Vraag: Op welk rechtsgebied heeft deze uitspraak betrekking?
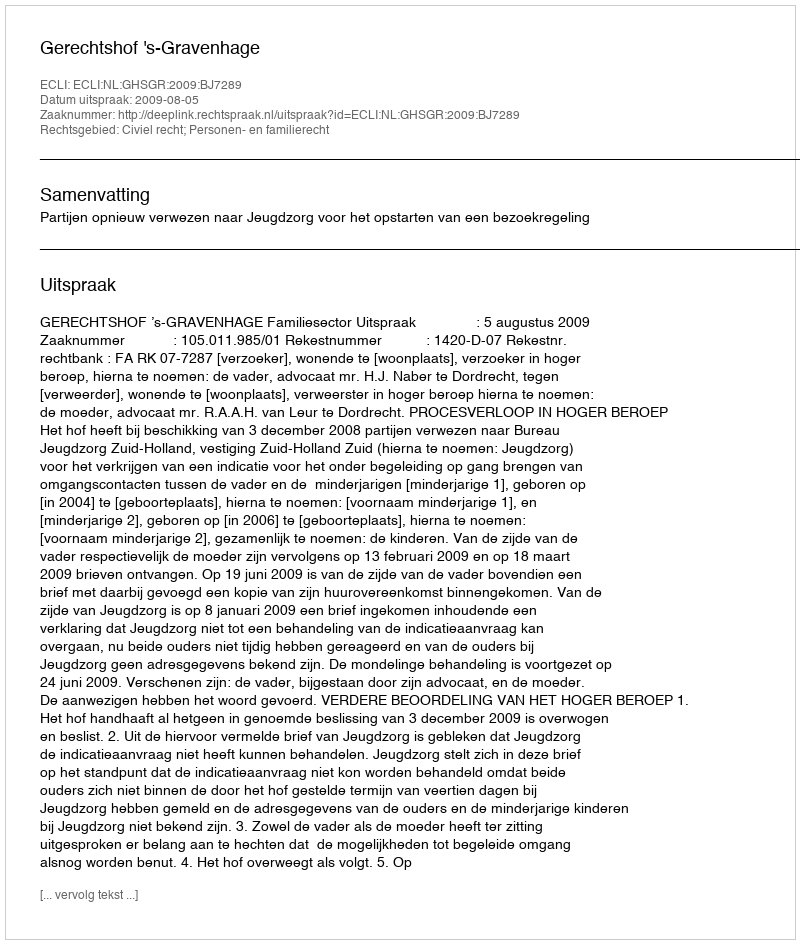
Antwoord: Civiel recht; Personen- en familierecht